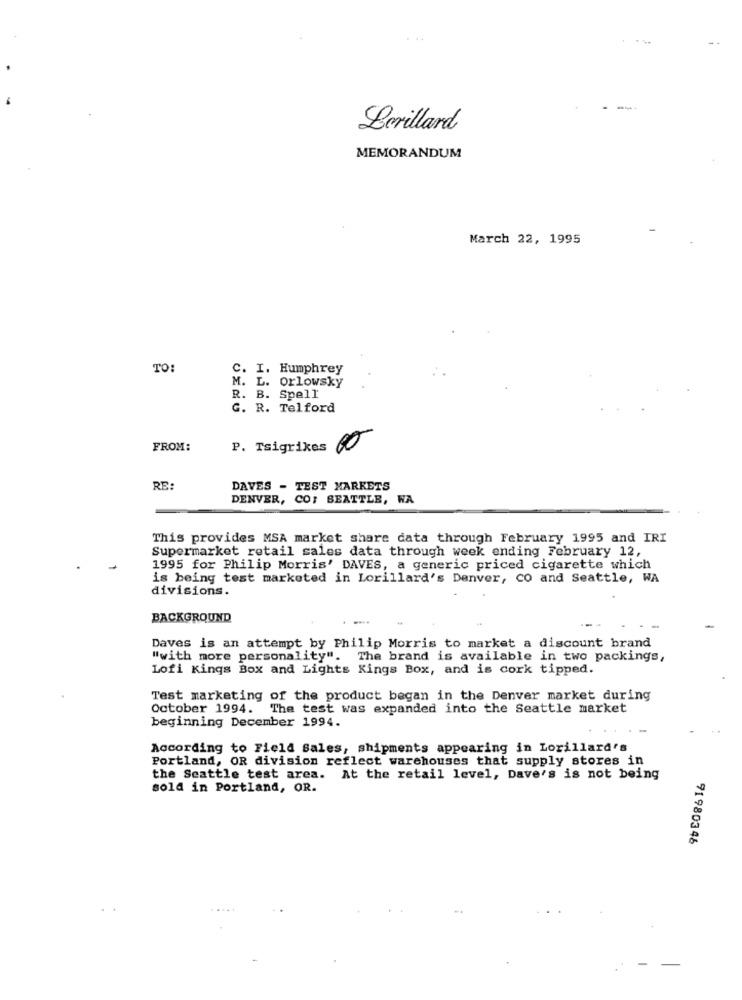
--
Lerillard
MEMORANDUM
March 22, 1995
TO:
C. I. Humphrey
M. L. Orlowsky
R. B. Spell
G. R. Telford
FROM:
P. Tsigrikes 00
RE:
DAVES - TEST MARKETS
DENVER, CO: SEATTLE, WA
This provides MSA market share data through February 1995 and IRI
Supermarket retail sales data through week ending February 12,
1995 for Philip Morris' DAVES, a generic priced cigarette which
is being test marketed in Lorillard's Denver, CO and Seattle, WA
divisions.
BACKGROUND
Daves is an attempt by Philip Morris to market a discount brand
"with more personality". The brand is available in two packings,
Lofi Kings Box and Lights Kings Box, and is cork tipped.
Test marketing of the product began in the Denver market during
October 1994. The test was expanded into the Seattle market
beginning December 1994.
According to Field Sales, shipments appearing in Lorillard's
Portland, OR division reflect warehouses that supply stores in
the Seattle test area. At the retail level, Dave's is not being
sold in Portland, OR.
91980346